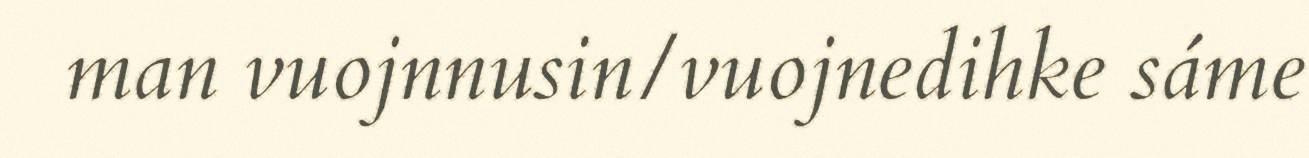
man vuojnnusin/vuojnedihke sáme